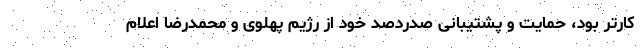
کارتر بود، حمایت و پشتیبانی صدردصد خود از رژیم پهلوی و محمدرضا اعلام